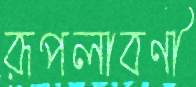
রূপলাবণী